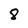
Character: 8